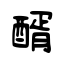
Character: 醑